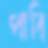
পাবি